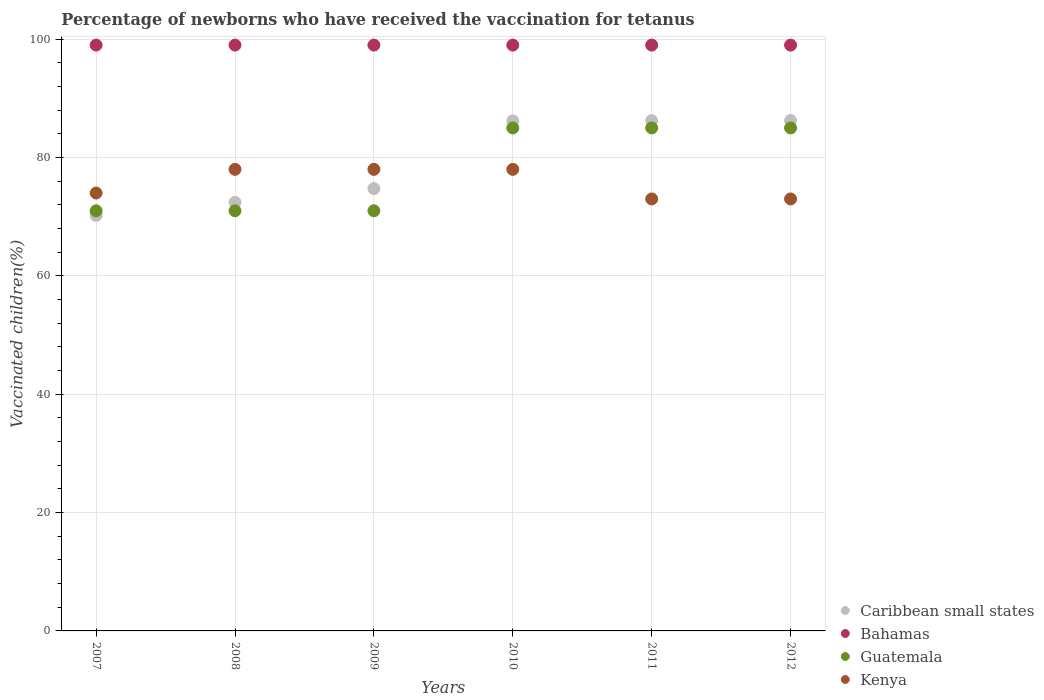
| Years | Caribbean small states | Bahamas | Guatemala | Kenya |
 | --- | --- | --- | --- | --- |
 | 2007 | 70.2 | 99 | 71 | 74 |
 | 2008 | 72.4 | 99 | 71 | 78 |
 | 2009 | 74.8 | 99 | 71 | 78 |
 | 2010 | 86.2 | 99 | 85 | 78 |
 | 2011 | 86.2 | 99 | 85 | 73 |
 | 2012 | 86.3 | 99 | 85 | 73 |